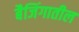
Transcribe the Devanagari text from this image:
बैजिंगातील